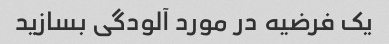
یک فرضیه در مورد آلودگی بسازید